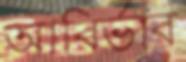
আবির্ভাব